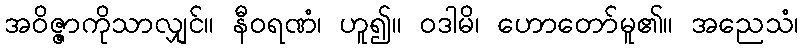
အဝိဇ္ဇာကိုသာလျှင်။ နီဝရဏံ၊ ဟူ၍။ ဝဒါမိ၊ ဟောတော်မူ၏။ အညေသံ၊